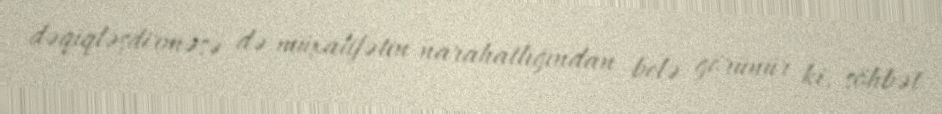
dəqiqləşdirməsə də müxalifətin narahatlığından belə görünür ki, söhbət